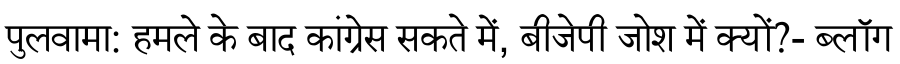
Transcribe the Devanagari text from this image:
पुलवामा: हमले के बाद कांग्रेस सकते में, बीजेपी जोश में क्यों?- ब्लॉग